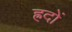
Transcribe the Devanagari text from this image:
ह्रदों